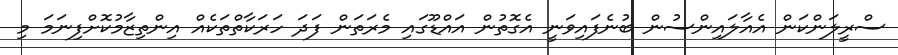
ސްރީލަންކަން އެއާލައިންސުން ބުނެފައިވަނީ އެގޮތުން އައްޑޫގައި މެރަތަން ފަދަ ހަރަކާތްތަކެއް އިންތިޒާމުކޮށްފިނަމަ މި